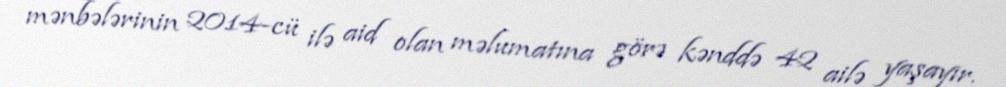
mənbələrinin 2014-cü ilə aid olan məlumatına görə kənddə 42 ailə yaşayır.